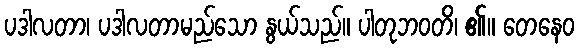
ပဒါလတာ၊ ပဒါလတာမည်သော နွယ်သည်။ ပါတုဘဝတိ၊ ၏။ တေနေဝ